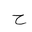
Letter: _ha